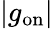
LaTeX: |g_{\mathrm{on}}|